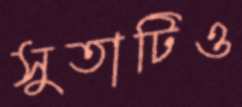
সুতাটিও